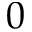
0